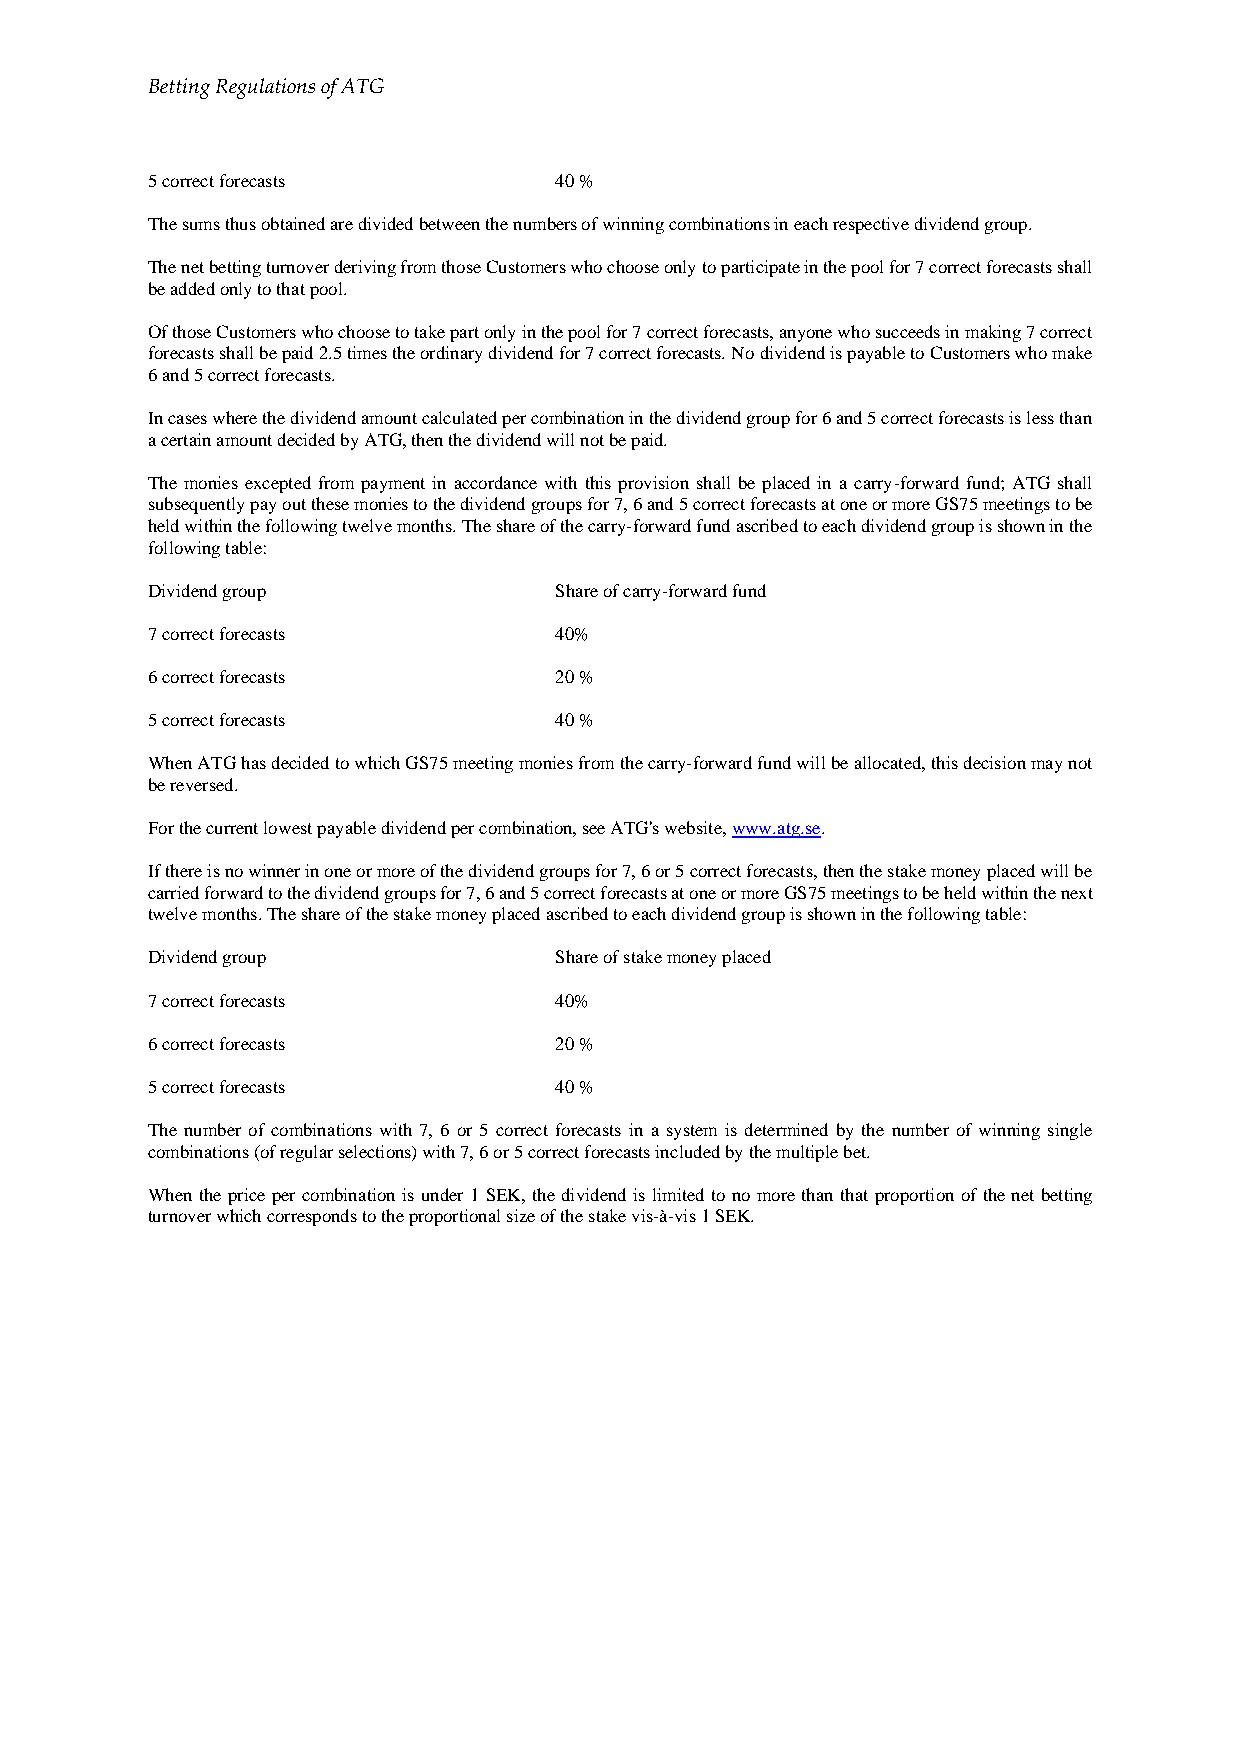
Betting Regulations of ATG
 5 correct forecasts        40 %
 The sums thus obtained are divided between the numbers of winning combinations in each respective dividend group.
 The net betting turnover deriving from those Customers who choose only to participate in the pool for 7 correct forecasts shall
 be added only to that pool.
 Of those Customers who choose to take part only in the pool for 7 correct forecasts, anyone who succeeds in making 7 correct
 forecasts shall be paid 2.5 times the ordinary dividend for 7 correct forecasts. No dividend is payable to Customers who make
 6 and 5 correct forecasts.
 In cases where the dividend amount calculated per combination in the dividend group for 6 and 5 correct forecasts is less than
 a certain amount decided by ATG, then the dividend will not be paid.
 The monies excepted from payment in accordance with this provision shall be placed in a carry-forward fund; ATG shall
 subsequently pay out these monies to the dividend groups for 7, 6 and 5 correct forecasts at one or more GS75 meetings to be
 held within the following twelve months. The share of the carry-forward fund ascribed to each dividend group is shown in the
 following table:
 Dividend group             Share of carry-forward fund
 7 correct forecasts        40%
 6 correct forecasts        20 %
 5 correct forecasts        40 %
 When ATG has decided to which GS75 meeting monies from the carry-forward fund will be allocated, this decision may not
 be reversed.
 For the current lowest payable dividend per combination, see ATG's website, www.atg.se.
 If there is no winner in one or more of the dividend groups for 7, 6 or 5 correct forecasts, then the stake money placed will be
 carried forward to the dividend groups for 7, 6 and 5 correct forecasts at one or more GS75 meetings to be held within the next
 twelve months. The share of the stake money placed ascribed to each dividend group is shown in the following table:
 Dividend group             Share of stake money placed
 7 correct forecasts        40%
 6 correct forecasts        20 %
 5 correct forecasts        40 %
 The number of combinations with 7, 6 or 5 correct forecasts in a system is determined by the number of winning single
 combinations (of regular selections) with 7, 6 or 5 correct forecasts included by the multiple bet.
 When the price per combination is under 1 SEK, the dividend is limited to no more than that proportion of the net betting
 turnover which corresponds to the proportional size of the stake vis-à-vis 1 SEK.